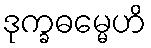
ဒုက္ခဓမ္မေဟိ